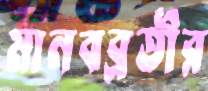
মানবব্রতীর